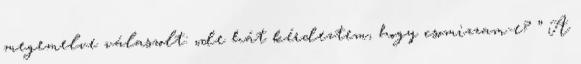
megemelve válaszolt: „de hát kérdeztem, hogy csomizzam-e? ” A